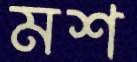
মশ